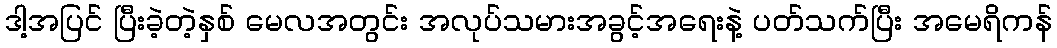
ဒါ့အပြင် ပြီးခဲ့တဲ့နှစ် မေလအတွင်း အလုပ်သမားအခွင့်အရေးနဲ့ ပတ်သက်ပြီး အမေရိကန်